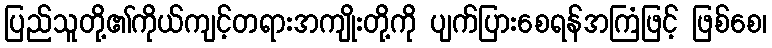
ပြည်သူတို့၏ကိုယ်ကျင့်တရားအကျိုးတို့ကို ပျက်ပြားစေရန်အကြံဖြင့် ဖြစ်စေ၊